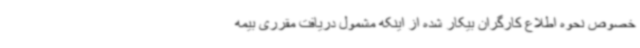
خصوص نحوه اطلاع کارگران بیکار شده از اینکه مشمول دریافت مقرری بیمه